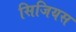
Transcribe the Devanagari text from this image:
सिजियस